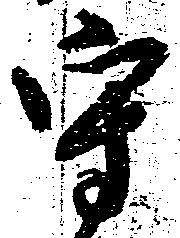
守